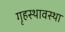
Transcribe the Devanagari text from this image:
गृहस्थावस्था